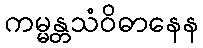
ကမ္မန္တသံဝိဓာနေန